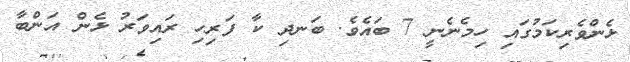
ޅެންވެރިކަމުގައި ހިމެނެނީ 7 ބައެވެ. ބަނދި ކާ ފަރިހި ރައިވަރު ޅެން އަންބާ